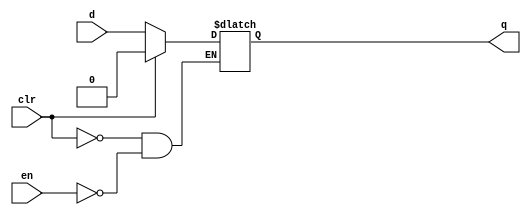
module alat
    ( input d, en, clr, output reg q );
    initial begin
      q = 0;
    end
	always @(*)
		if ( clr )
			q <= 1'b0;
		else if (en)
            q <= d;
endmodule

module alatn
    ( input d, en, clr, output reg q );
    initial begin
      q = 0;
    end
	always @(*)
		if ( !clr )
			q <= 1'b0;
		else if (!en)
            q <= d;
endmodule

module latsr
    ( input d, en, pre, clr, output reg q );
    initial begin
      q = 0;
    end
	always @(*)
		if ( clr )
			q <= 1'b0;
		else if ( pre )
			q <= 1'b1;
		else if ( en )
            q <= d;
endmodule

module nlatsr
    ( input d, en, pre, clr, output reg q );
    initial begin
      q = 0;
    end
	always @(*)
		if ( !clr )
			q <= 1'b0;
		else if ( !pre )
			q <= 1'b1;
		else if ( !en )
            q <= d;
endmodule

module dlatchsr (EN, SET, CLR, D, Q);

    input EN;
    input SET, CLR, D;
    output reg Q;

    always @*
        if (CLR)
            Q = 0;
        else if (SET)
            Q = 1;
        else if (EN)
            Q = D;

endmodule

module top (
input en,
input clr,
input pre,
input a,
output b,b1,b2,b3
);

latsr u_latsr (
        .en (en ),
        .clr (clr),
        .pre (pre),
        .d (a ),
        .q (b )
    );

nlatsr u_nlatsr (
        .en (en ),
        .clr (clr),
        .pre (pre),
        .d (a ),
        .q (b1 )
    );

alat u_alat (
        .en (en ),
        .clr (clr),
        .d (a ),
        .q (b2 )
    );

alatn u_alatn (
        .en (en ),
        .clr (clr),
        .d (a ),
        .q (b3 )
    );

endmodule